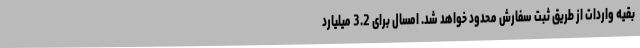
بقیه واردات از طریق ثبت سفارش محدود خواهد شد. امسال برای 3.2 میلیارد